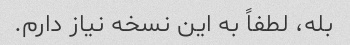
بله، لطفاً به این نسخه نیاز دارم.